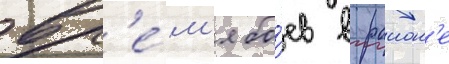
вр'е́м'я бо́ев в раион'е